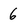
Character: 6